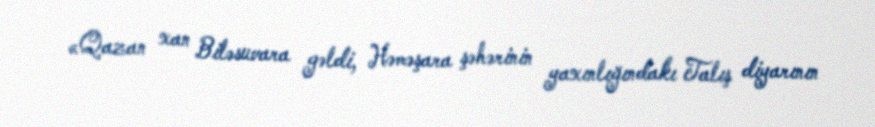
«Qazan xan Biləsuvara gəldi, Həməşara şəhərinin yaxınlığındakı Talış diyarının